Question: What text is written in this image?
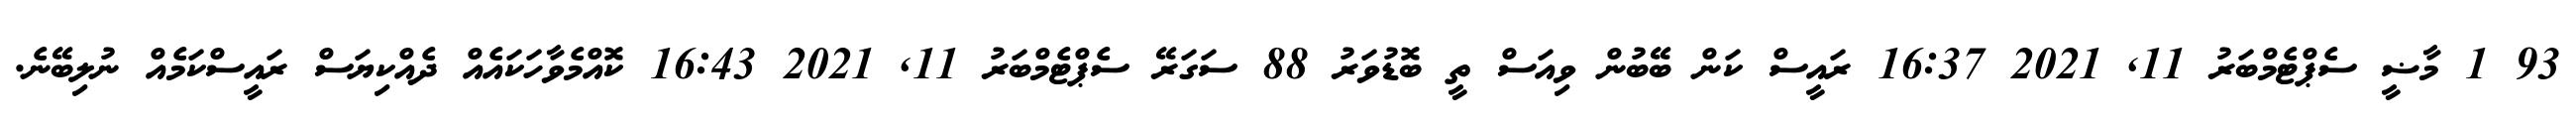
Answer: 93 1 މާޟީ ސެޕްޓެމްބަރު 11, 2021 16:37 ރައީސް ކަން ބޭބުން ވިއަސް ތީ ބޮޑުވަރު 88 ސަގަރޭ ސެޕްޓެމްބަރު 11, 2021 16:43 ކޮއްމެވާހަކައެއް ދެއްކިޔަސް ރައީސްކަމެއް ނުލިބޭނެ.